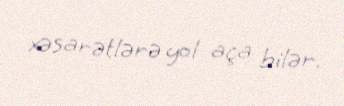
xəsarətlərə yol aça bilər.